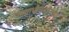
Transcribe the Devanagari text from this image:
गावाभोवतालच्या